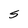
Character: S